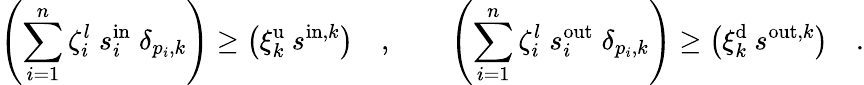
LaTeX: \left(\sum_{i=1}^{n}\zeta_{i}^{l}\; s_{i}^{\mathrm{in}}\; \delta_{p_{i},k}\right)\geq\left(\xi_{k}^{\mathrm{u}}\: s^{\mathrm{in},k}\right)\quad,\qquad\left(\sum_{i=1}^{n}\zeta_{i}^{l}\; s_{i}^{\mathrm{out}}\; \delta_{p_{i},k}\right)\geq\left(\xi_{k}^{\mathrm{d}}\: s^{\mathrm{out},k}\right)\quad.